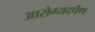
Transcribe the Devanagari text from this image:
आरोग्यदर्पण